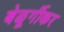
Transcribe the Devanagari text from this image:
बेळूर्गीकर